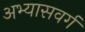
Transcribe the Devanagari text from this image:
अभ्यासवर्ग